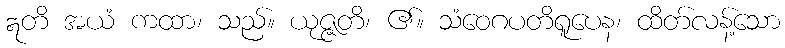
ဣတိ အယံ ကထာ၊ သည်။ ယုဇ္ဇတိ၊ ၏။ သံဝေဂပတိရူပေန၊ ထိတ်လန့်သော